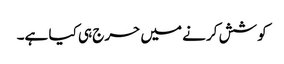
کو شش کرنے میں حرج ہی کیا ہے۔